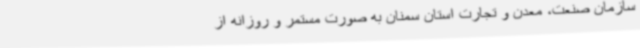
سازمان صنعت، معدن و تجارت استان سمنان به‌ صورت مستمر و روزانه از